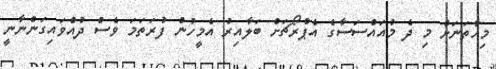
މިހާތަނަށް މި ދެ މުއައްސަސާގެ އެޕްރޯޗަށް ބަލާއިރު އެމީހުން ފުރަތަމަ ވެސް ދުއްވައިގަންނާނީ